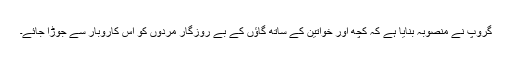
گروپ نے منصوبہ بنایا ہے کہ کچھ اور خواتین کے ساتھ گاؤں کے بے روزگار مردوں کو اس کاروبار سے جوڑا جائے۔